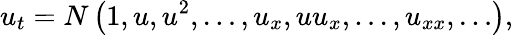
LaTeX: u_{t}=N\left(1,u,u^{2},\ldots,{u_{x}},uu_{x},\ldots,u_{xx},\ldots\right),